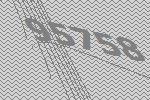
95758